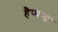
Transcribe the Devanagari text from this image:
हैप्पन्ड